65_HS1-834228961_62-HQ-83894_Section_9
Agency: FBI
Page 207
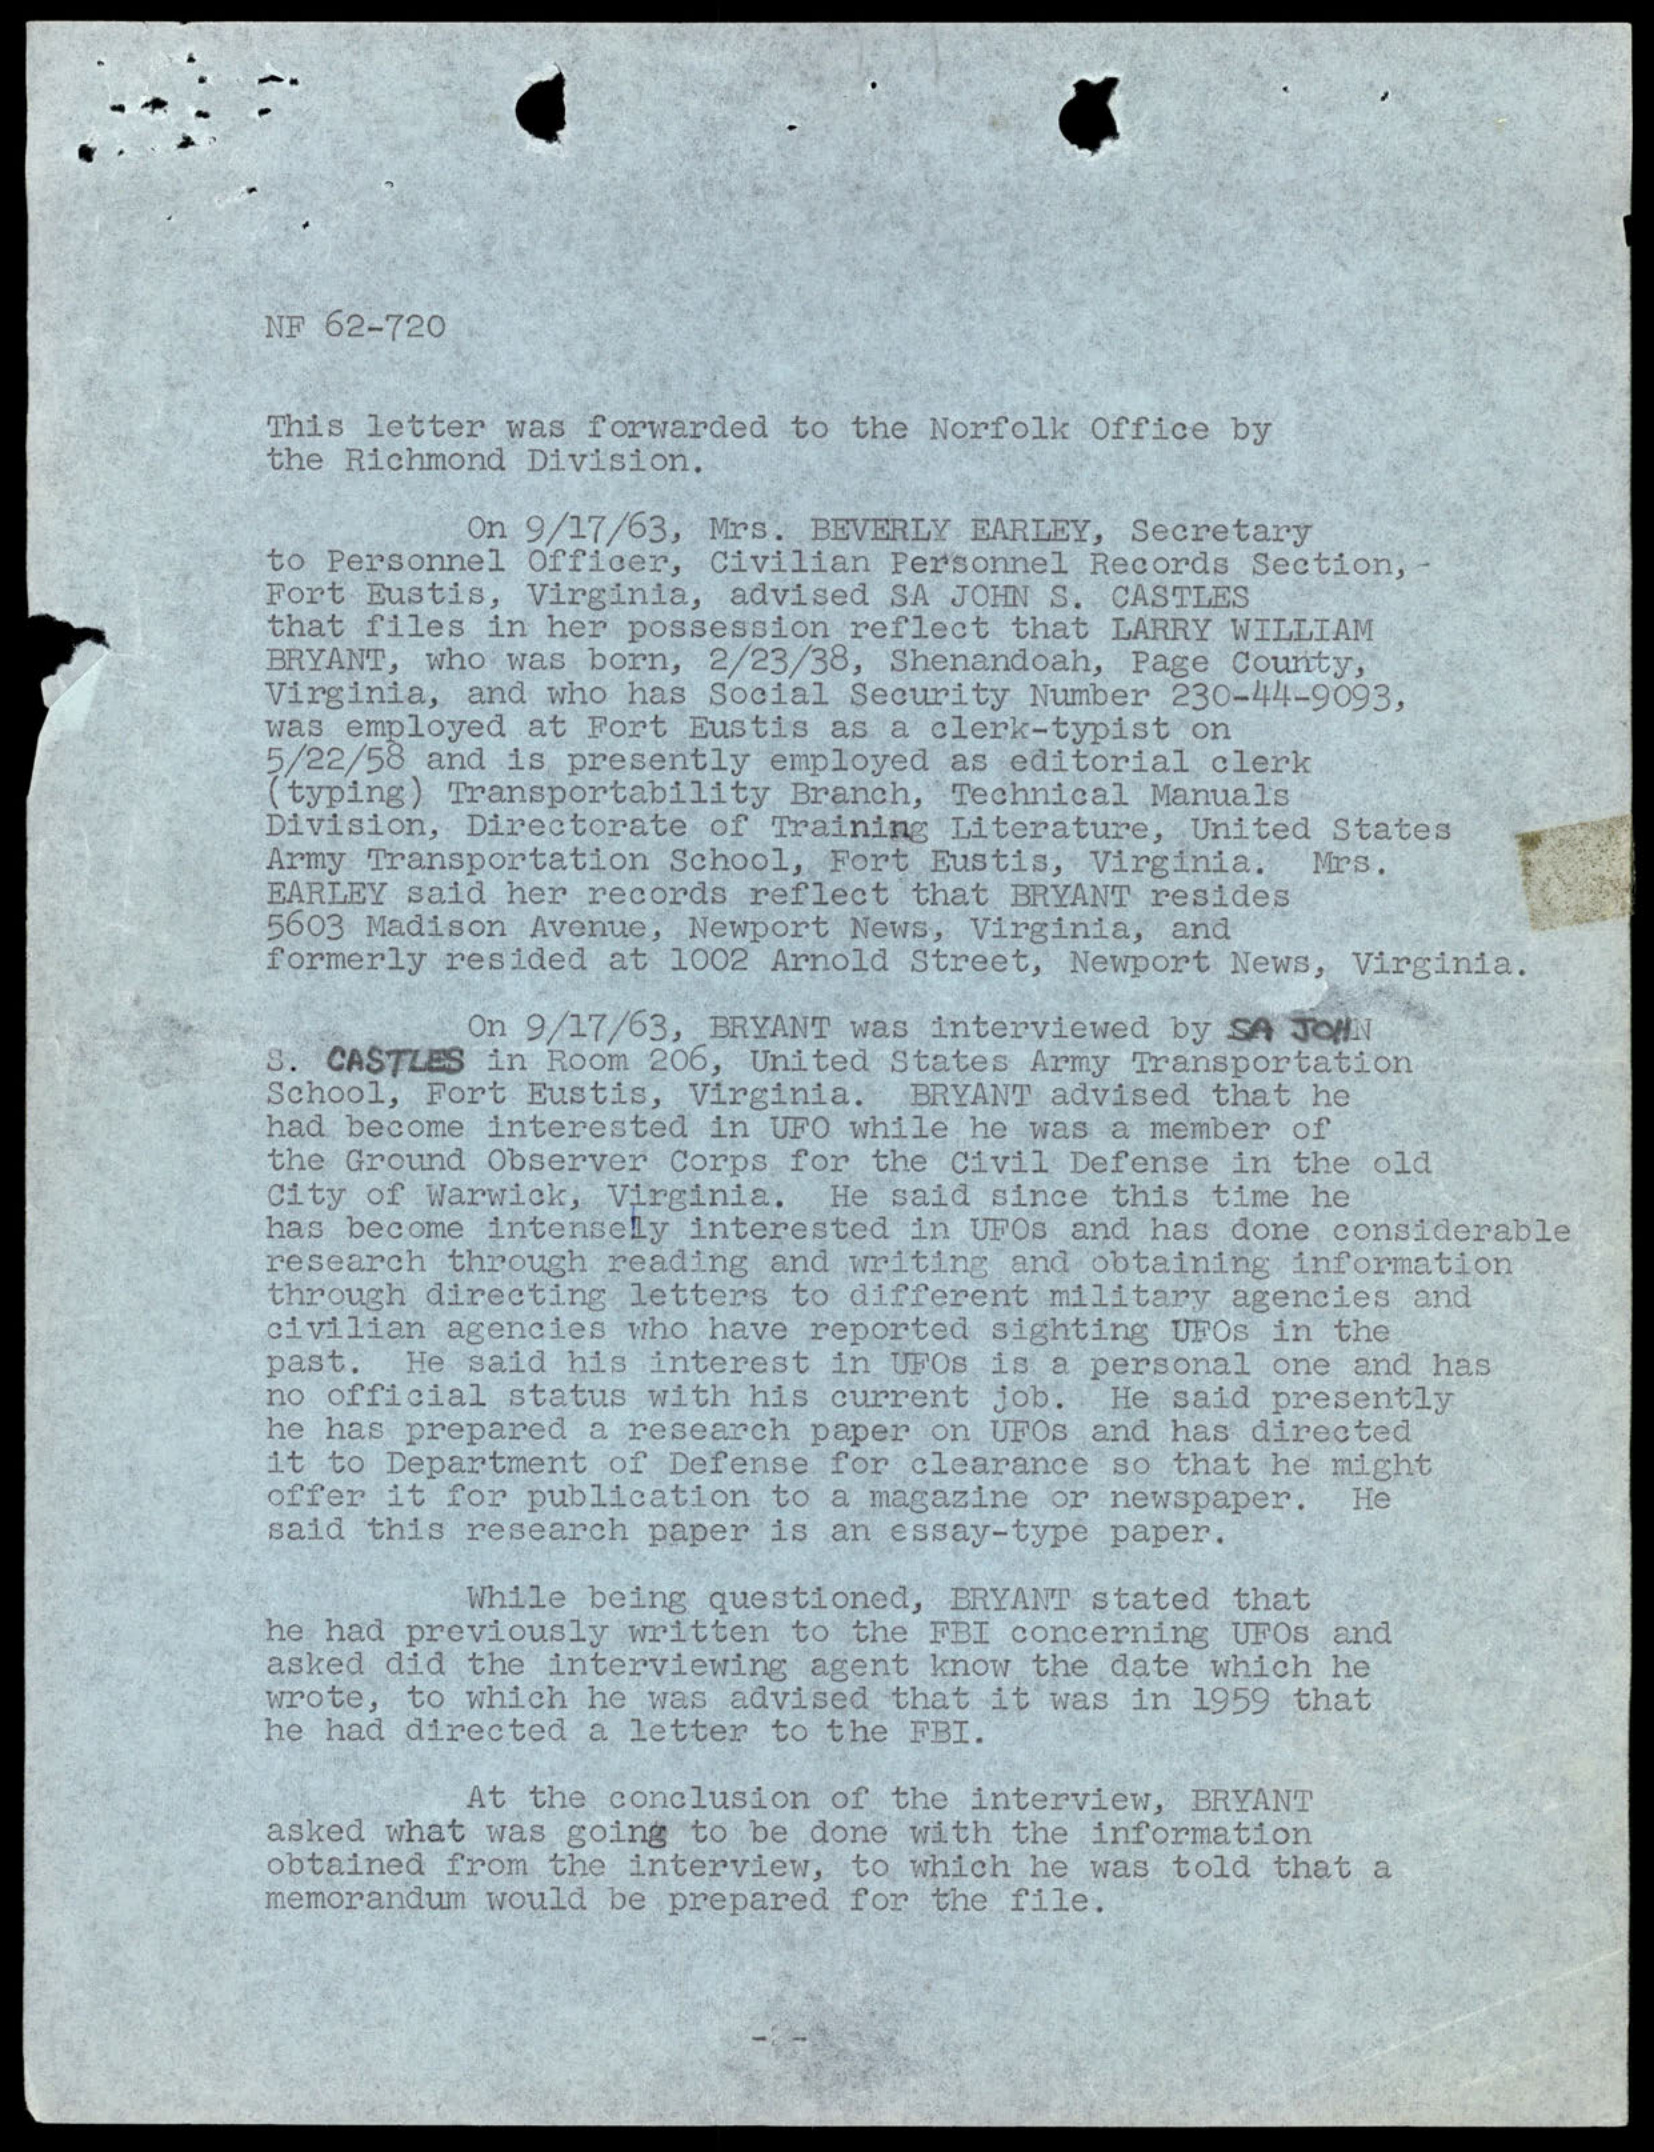